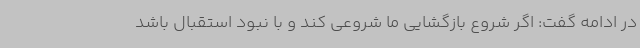
در ادامه گفت: اگر شروع بازگشایی ما شروعی کند و با نبود استقبال باشد